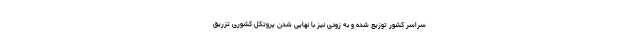
سراسر کشور توزیع شده و به زودی نیز با نهایی شدن پروتکل کشوری تزریق